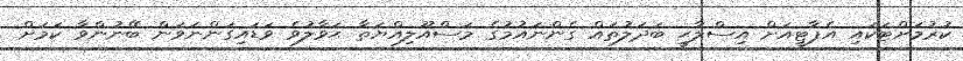
ކުރުމަށްޓަކައި އެޕާޓީއަށް އިސްލާޙީ ބަދަލުތައް ގެންނައުމުގެ މަސްއޫލިއްޔަތާ ޙަވާލުވެ ވަޑައިގަންނަވަން ބޭނުންވާ ކަމަށް